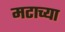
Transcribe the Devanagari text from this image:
मटाच्या